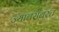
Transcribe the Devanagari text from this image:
ज्याबरोबरच